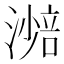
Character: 𣾾